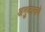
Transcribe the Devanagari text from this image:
अनुष्ठानाचे